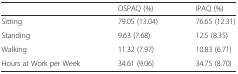
<table><thead><tr><td></td><td><b>OSPAQ (%)</b></td><td><b>IPAQ (%)</b></td></tr></thead><tbody><tr><td>Sitting</td><td>79.05 (13.04)</td><td>76.65 (12.31)</td></tr><tr><td>Standing</td><td>9.63 (7.68)</td><td>12.5 (8.35)</td></tr><tr><td>Walking</td><td>11.32 (7.97)</td><td>10.83 (6.71)</td></tr><tr><td>Hours at Work per Week</td><td>34.61 (9.06)</td><td>34.75 (8.70)</td></tr></tbody></table>